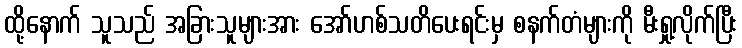
ထို့နောက် သူသည် အခြားသူများအား အော်ဟစ်သတိပေးရင်းမှ စနက်တံများကို မီးရှု့လိုက်ပြီး